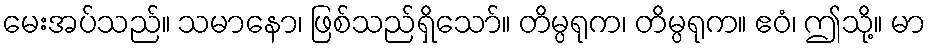
မေးအပ်သည်။ သမာနော၊ ဖြစ်သည်ရှိသော်။ တိမ္ပရုက၊ တိမ္ပရုက။ ဧဝံ၊ ဤသို့။ မာ